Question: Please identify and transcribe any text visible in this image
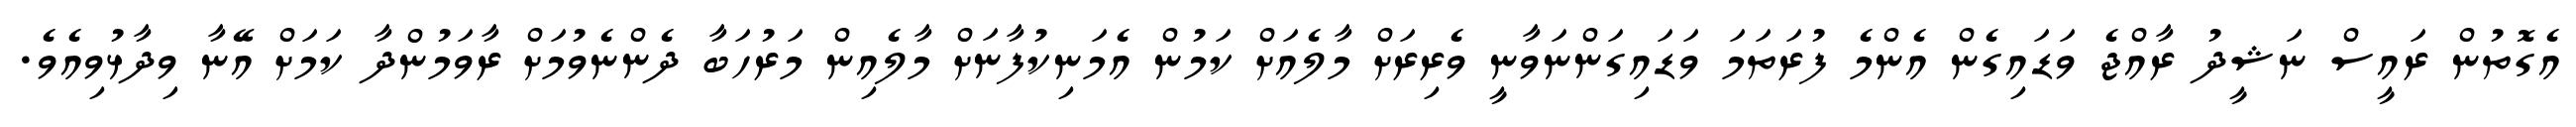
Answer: އެގޮތުން ރައީސް ނަޝީދު ރާއްޖެ ވަޑައިގެން އެންމެ ފުރަތަމަ ވަޑައިގަންނަވާނީ ވެރިރަށް މާލެއަށް ކަމުން އެމަނިކުފާނަށް މާލެއިން މަރުހަބާ ދެންނެވުމަށް ރާވަމުންދާ ކަމަށް އޭނާ ވިދާޅުވިއެވެ.